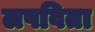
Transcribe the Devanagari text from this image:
लपविता